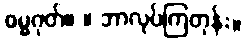
ဓမ္မဂုတ်။ ။ ဘာလုပ်ကြတုန်း။